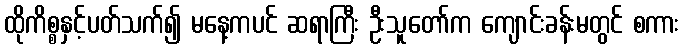
ထိုကိစ္စနှင့်ပတ်သက်၍ မနေ့ကပင် ဆရာကြီး ဦးသူတော်က ကျောင်းခန်းမတွင် စကား